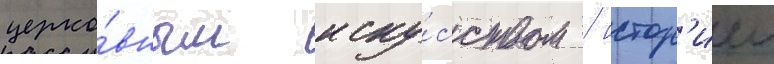
церко́вным иску́сством / истор'иеи